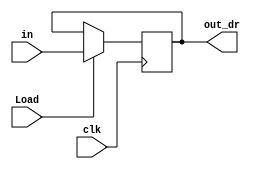
module DR_Reg( 
    input clk, Load,
    input [7:0] in,
    output reg [7:0] out_dr
); 
initial begin 
    out_dr = 8'h63; 
end 

always @(posedge clk) begin 
    if (Load) begin 
        out_dr <= in; 
    end
end
endmodule